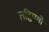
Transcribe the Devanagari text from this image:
तद्विष्णो